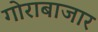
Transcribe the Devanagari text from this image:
गोराबाजार